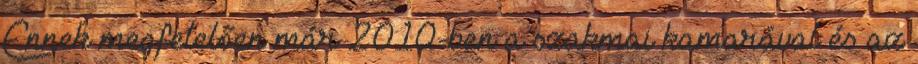
Ennek megfelelően már 2010-ben a szakmai kamarával és az